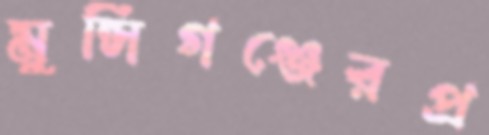
মুন্সিগঞ্জেরপ্র